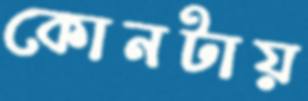
কোনটায়